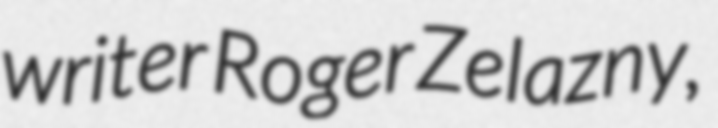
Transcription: writer Roger Zelazny,